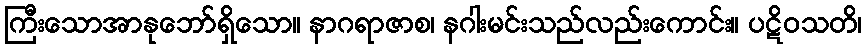
ကြီးသောအာနုဘော်ရှိသော။ နာဂရာဇာစ၊ နဂါးမင်းသည်လည်းကောင်း။ ပဋိဝသတိ၊